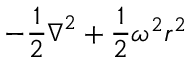
{ - \frac { 1 } { 2 } \boldsymbol { \nabla } ^ { 2 } + \frac { 1 } { 2 } \omega ^ { 2 } r ^ { 2 } }